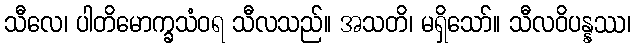
သီလေ၊ ပါတိမောက္ခသံဝရ သီလသည်။ အသတိ၊ မရှိသော်။ သီလဝိပန္နဿ၊